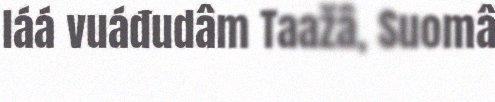
láá vuáđudâm Taažâ, Suomâ